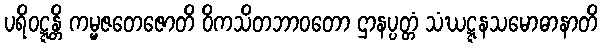
ပရိဝဋ္ဋန္တိ ကမ္မဇတေဇောတိ ဝိကသိတဘာဝတော ဌာနပ္ပတ္တံ သံဃဋ္ဋနသမောဓာနာတိ